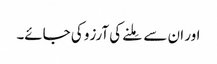
اور ان سے مِلنے کی آرزو کی جائے۔